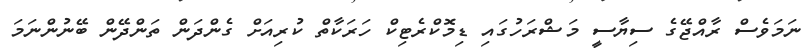
ނަމަވެސް ރާއްޖޭގެ ސިޔާސީ މަޝްރަހުގައި ޑިމޮކްރެޓިކް ހަރަކާތް ކުރިއަށް ގެންދަން ތަންދޭން ބޭނުންނަމަ